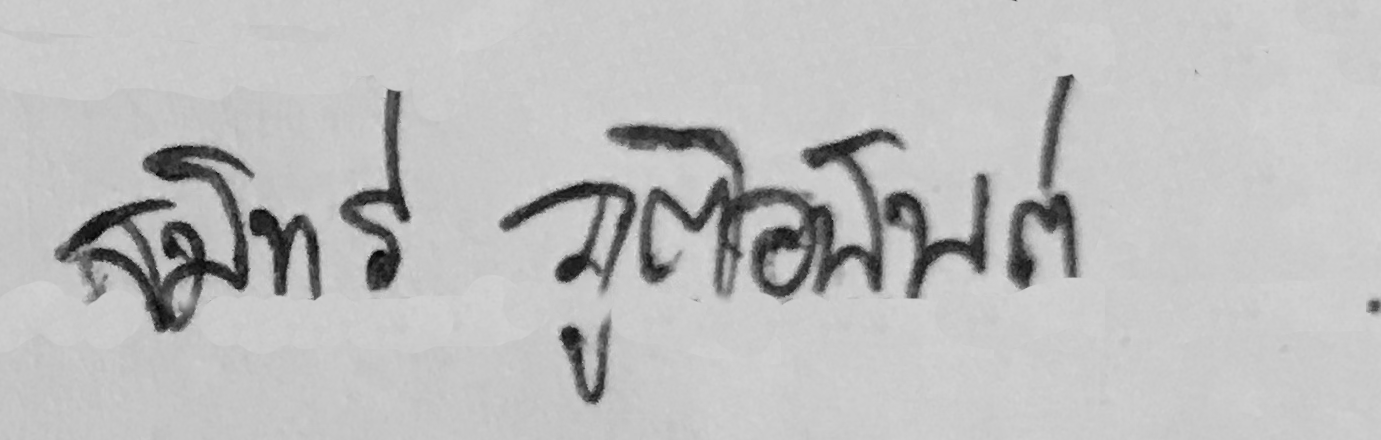
สมิทร์ ภูติอนันต์